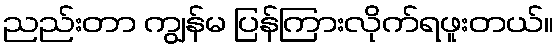
ညည်းတာ ကျွန်မ ပြန်ကြားလိုက်ရဖူးတယ်။